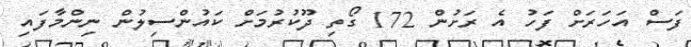
ފަސް އަހަރަށް ފަހު އެ ރަށުން 172 ގޯތި ދޫކުރުމަށް ކައުންސިލުން ނިންމާފައި